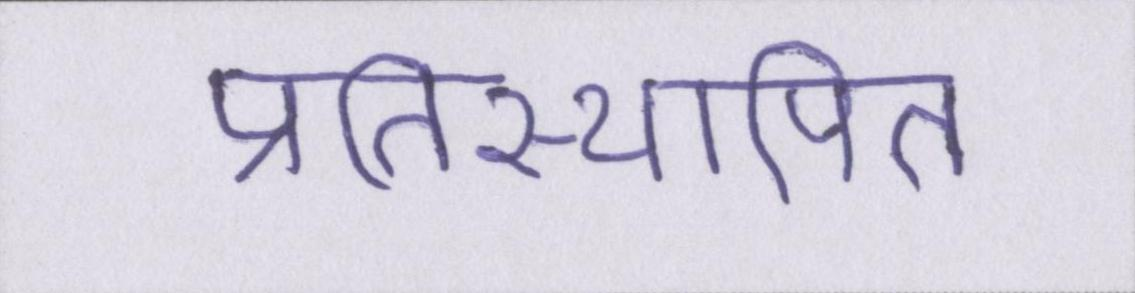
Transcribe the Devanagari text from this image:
प्रतिस्थापित